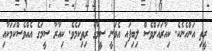
ރީތި އަންހެނެކެ. ކިއާރައަށްވެސް ލިބިފައި އެވަނީ ސީމާގެ ރިތިކަމެވެ. ކިއާރާ ސީމަގެ އެއްވެސްކަމަކާއި